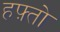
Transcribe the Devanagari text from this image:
हफ़्तो